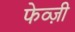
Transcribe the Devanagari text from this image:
फेव्ज़ी